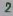
Text: 2